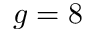
g = 8